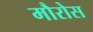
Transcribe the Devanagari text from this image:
मौरोस